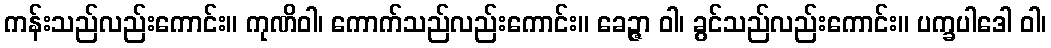
ကန်းသည်လည်းကောင်း။ ကုဏိဝါ၊ ကောက်သည်လည်းကောင်း။ ခေဉ္ဇာ ဝါ၊ ခွင်သည်လည်းကောင်း။ ပက္ခပါဒေါ ဝါ၊